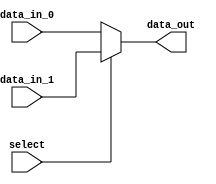
//-----------------------------------------------------------------------------
//
// Title       : Mux_8bit
// Design      : IEEE754 Floating point Multiplication
// Company     : HP Inc.
//
//-----------------------------------------------------------------------------
//
// Generated   : Thu Jun  8 10:38:29 2023
// From        : interface description file
// By          : Itf2Vhdl ver. 1.22
//
//-----------------------------------------------------------------------------
//
// Description : 
//
//-----------------------------------------------------------------------------
`timescale 1 ns / 1 ps

//{{ Section below this comment is automatically maintained
//   and may be overwritten
//{module {Mux_8bit}}
module Mux2to1_8bit (
  input wire [7:0] data_in_0,
  input wire [7:0] data_in_1,
  input wire select,
  output wire [7:0] data_out
);
assign data_out = (select == 1'b0) ? data_in_0 : data_in_1;	  

endmodule